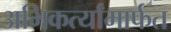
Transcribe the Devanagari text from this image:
अभिकर्त्यांमार्फत